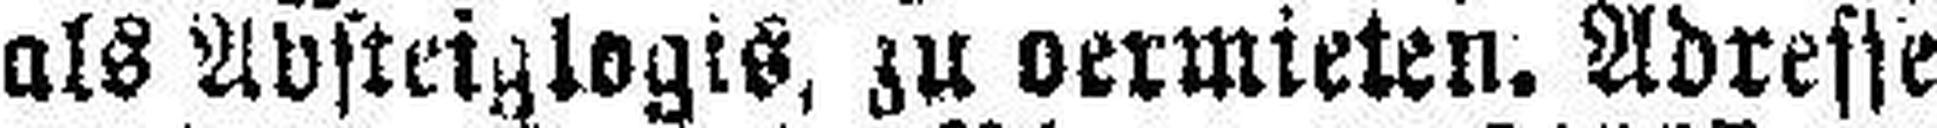
als Absteiglogis, zu vermieten. Adresse